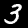
Label: 3